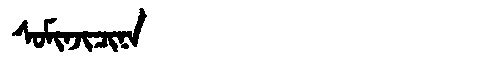
Manchu: ᠰᠣᠮᡳᠨᠵᡳᠴᡳᠨᠠ
Romanization: SOMINJICINA